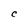
Character: C